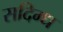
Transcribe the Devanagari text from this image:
सदिग्ध